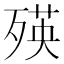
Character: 𣨽